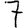
Digit: 7